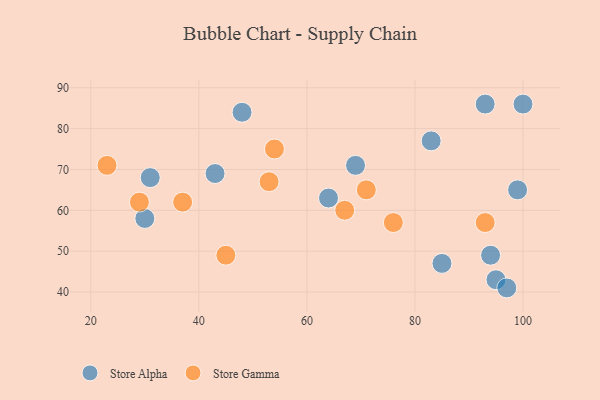
{"axis": {"x": "GDP", "y": "Life Expectancy"}, "legend": ["Store Alpha", "Store Gamma"], "data": [{"x": "64", "y": 63, "type": "Store Alpha"}, {"x": "43", "y": 69, "type": "Store Alpha"}, {"x": "83", "y": 77, "type": "Store Alpha"}, {"x": "30", "y": 58, "type": "Store Alpha"}, {"x": "95", "y": 43, "type": "Store Alpha"}, {"x": "31", "y": 68, "type": "Store Alpha"}, {"x": "97", "y": 41, "type": "Store Alpha"}, {"x": "48", "y": 84, "type": "Store Alpha"}, {"x": "100", "y": 86, "type": "Store Alpha"}, {"x": "93", "y": 86, "type": "Store Alpha"}, {"x": "69", "y": 71, "type": "Store Alpha"}, {"x": "85", "y": 47, "type": "Store Alpha"}, {"x": "94", "y": 49, "type": "Store Alpha"}, {"x": "99", "y": 65, "type": "Store Alpha"}, {"x": "29", "y": 62, "type": "Store Gamma"}, {"x": "76", "y": 57, "type": "Store Gamma"}, {"x": "54", "y": 75, "type": "Store Gamma"}, {"x": "67", "y": 60, "type": "Store Gamma"}, {"x": "93", "y": 57, "type": "Store Gamma"}, {"x": "71", "y": 65, "type": "Store Gamma"}, {"x": "37", "y": 62, "type": "Store Gamma"}, {"x": "45", "y": 49, "type": "Store Gamma"}, {"x": "23", "y": 71, "type": "Store Gamma"}, {"x": "53", "y": 67, "type": "Store Gamma"}]}